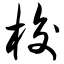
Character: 梭